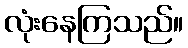
လုံးနေကြသည်။